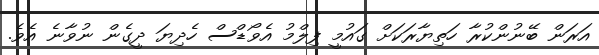
އަރަން ބޭނުންކުރާ ހަތިޔާރަކަށް ގައުމީ ފިލްމު އެވޯޑްސް ހެދިޔަ ދީގެން ނުވާނެ އެވެ.